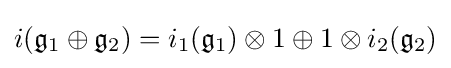
i({\mathfrak {g}}_{1}\oplus {\mathfrak {g}}_{2})=i_{1}({\mathfrak {g}}_{1})\otimes 1\oplus 1\otimes i_{2}({\mathfrak {g}}_{2})